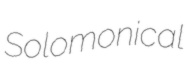
Solomonical